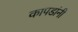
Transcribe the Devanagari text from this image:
कापडांनी